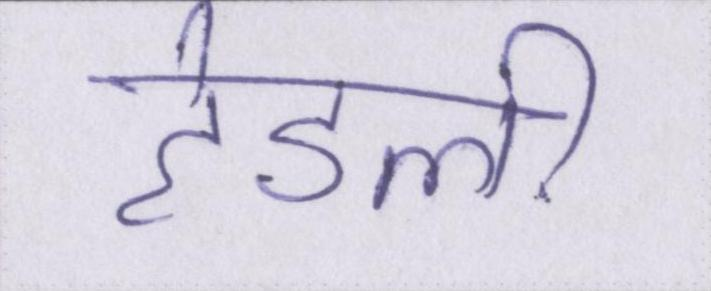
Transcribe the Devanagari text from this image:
हेडली